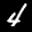
Label: 4